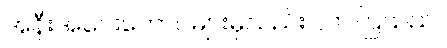
အနီးအဝေးတောင်များမှလည်း လာကြသည်။